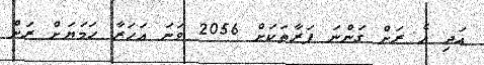
އަދި އެ ރަށް ގަންނަ ފަރާތަކަށް 2056 ވަނަ އަހަރާ ހަމަޔަށް ރަށް